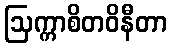
ဩက္ကာစိတဝိနီတာ